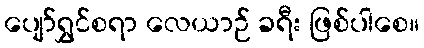
ပျော်ရွှင်စရာ လေယာဉ် ခရီး ဖြစ်ပါစေ။